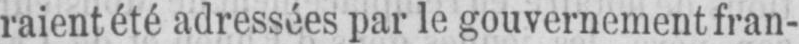
raient été adressées par le gouvernement fran-